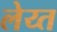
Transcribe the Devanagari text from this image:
लेय्त